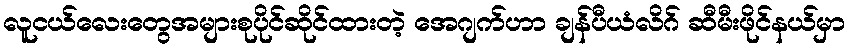
လူငယ်လေးတွေအများစုပိုင်ဆိုင်ထားတဲ့ အေဂျက်ဟာ ချန်ပီယံလိဂ် ဆီမီးဖိုင်နယ်မှာ